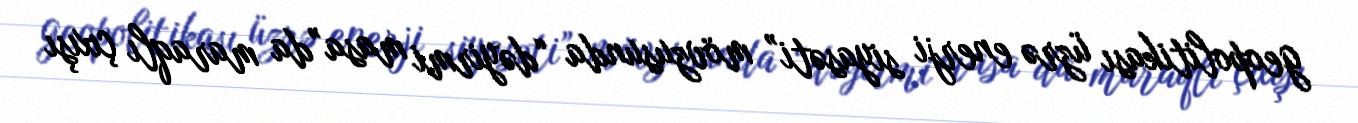
geopolitikası üzrə enerji siyasəti” mövzusunda “dəyirmi masa”da maraqlı çıxışı